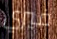
فيري